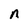
Character: n